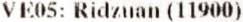
VE05: RIDZUAN (11900)